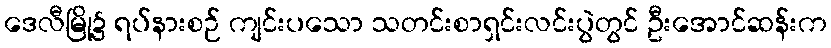
ဒေလီမြို့၌ ရပ်နားစဉ် ကျင်းပသော သတင်းစာရှင်းလင်းပွဲတွင် ဦးအောင်ဆန်းက